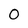
Character: 0